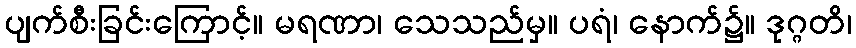
ပျက်စီးခြင်းကြောင့်။ မရဏာ၊ သေသည်မှ။ ပရံ၊ နောက်၌။ ဒုဂ္ဂတိ၊